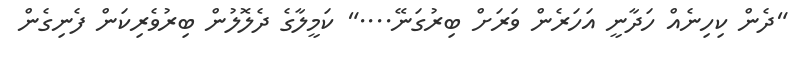
"ދެން ކިހިނެއް ހަދާނީ އަހަރެން ވަރަށް ބިރުގަނޭ...." ކަމީލާގެ ދެލޮލުން ބިރުވެރިކަން ފެނިގެން